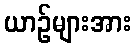
ယာဉ်များအား